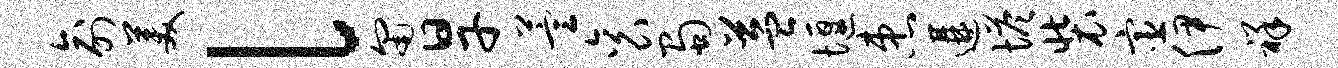
俞美l匍旱萱衮蜀益堰患遘塔装宦伊祥